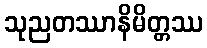
သုညတဿာနိမိတ္တဿ